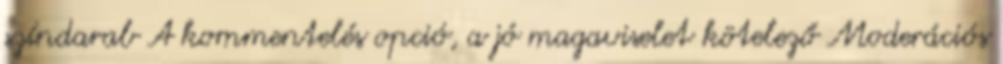
színdarab A kommentelés opció, a jó magaviselet kötelező Moderációs